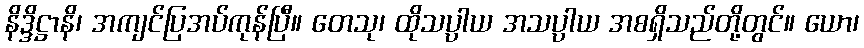
နိဒ္ဒိဋ္ဌာနိ၊ အကျင်ပြအပ်ကုန်ပြီ။ တေသု၊ ထိုသပ္ပာယ အသပ္ပာယ အစရှိသည်တို့တွင်။ ယော၊